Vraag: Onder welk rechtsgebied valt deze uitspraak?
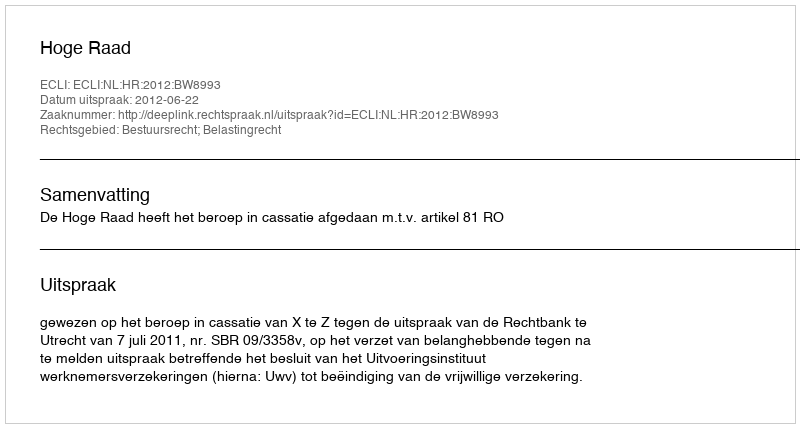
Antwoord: Bestuursrecht; Belastingrecht